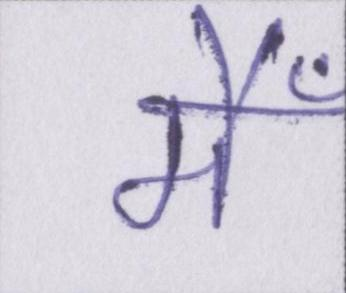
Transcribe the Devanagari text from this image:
मैँ